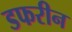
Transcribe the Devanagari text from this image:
डफरीन